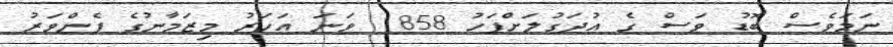
ނަމަވެސް ބޮޑު ވަސް ގެ އުދަގުލަށްފަހު 1858 ވަނަ އަހަރު މިޒަމާނުގެ ފެންވަރު